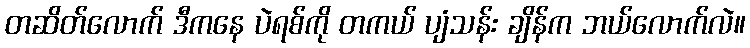
တဆိတ်လောက် ဒီကနေ ပဲရစ်ကို တကယ် ပျံသန်း ချိန်က ဘယ်လောက်လဲ။